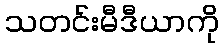
သတင်းမီဒီယာကို